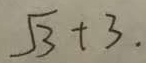
\sqrt { 3 } + 3 .